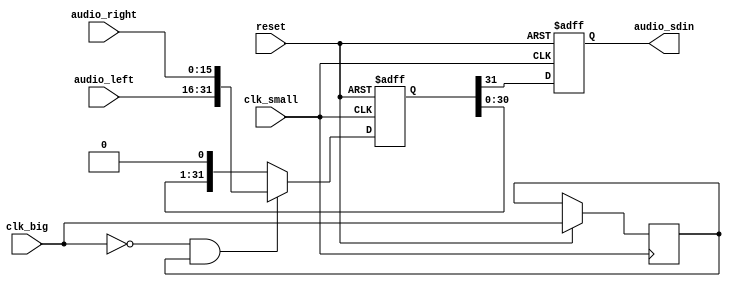
module speaker_ctrl(
    input clk_small,
    input clk_big,
    input reset,
    output audio_sdin,
    input [15:0] audio_left,
    input [15:0] audio_right
    );
    
reg [31:0] sdin_window_next, sdin_window;
reg audio_sdin, audio_sdin_next;
reg clk_big_dalay;

always @*
begin 
    sdin_window_next[31:0] <= {sdin_window[30:0], 1'b0};
    audio_sdin_next <= sdin_window[31];
end

always @(negedge clk_small or negedge reset)
begin
    if(~reset)
    begin
        audio_sdin <= 0; 
        sdin_window <= 32'd0; 
    end
    else
    begin
        audio_sdin <= audio_sdin_next;
        clk_big_dalay <= clk_big;
        if(~clk_big && clk_big_dalay)
            sdin_window <= {audio_left[15:0], audio_right[15:0]};
        else 
            sdin_window <= sdin_window_next;
    end
end
 
endmodule